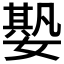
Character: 𡠧